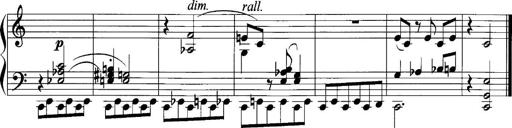
Title: Sonatina No.1
Composer: Otto Stoll
Key: C major